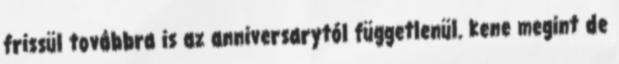
frissül továbbra is az anniversarytól függetlenül. kene megint de